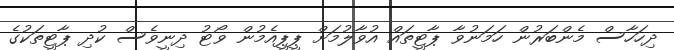
ދިހަހާސް މެންބަރުން ހަމަނުވާ ޕާޓީތައް އުވާލުމަށް ޕީޕީއެމުން ވޯޓު ދިނީވެސް ކުދި ޕާޓީތަކުގެ